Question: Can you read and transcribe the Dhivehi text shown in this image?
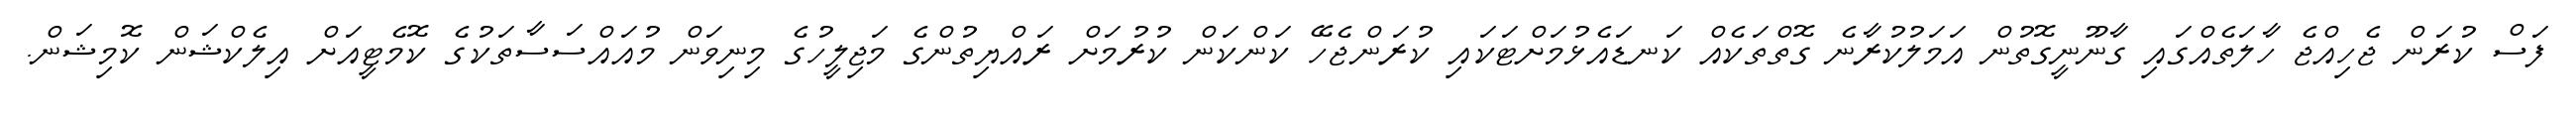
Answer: ފަސް ކުރަން ޖެހިއްޖެ ހާލަތެއްގައި ގާނޫނީގޮތުން އަމަލުކުރާނެ ގޮތްތަކެއް ކަނޑައެޅުމަށްޓަކައި ކުރަންޖެހޭ ކަންކަން ކުރުމަށް ރައްޔިތުންގެ މަޖިލީހުގެ މިނިވަން މުއައްސަސާތަކުގެ ކޮމެޓީއަށް އިލެކްޝަން ކޮމިޝަން.